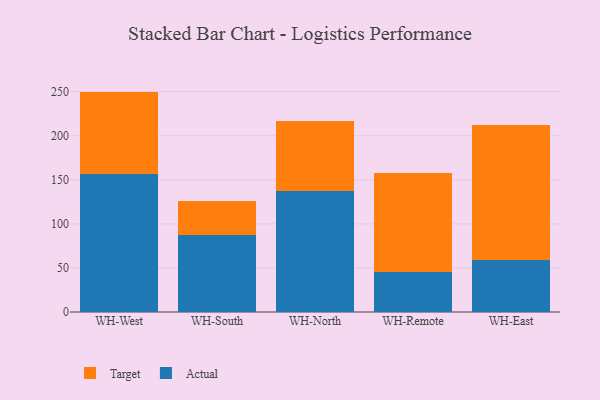
{"axis": {"x": "Warehouse", "y": "Page Views"}, "legend": ["Actual", "Target"], "data": [{"x": "WH-West", "y": 156.8, "type": "Actual"}, {"x": "WH-West", "y": 93.2, "type": "Target"}, {"x": "WH-South", "y": 87.9, "type": "Actual"}, {"x": "WH-South", "y": 37.7, "type": "Target"}, {"x": "WH-North", "y": 137.2, "type": "Actual"}, {"x": "WH-North", "y": 79.2, "type": "Target"}, {"x": "WH-Remote", "y": 45.5, "type": "Actual"}, {"x": "WH-Remote", "y": 111.8, "type": "Target"}, {"x": "WH-East", "y": 58.8, "type": "Actual"}, {"x": "WH-East", "y": 153.0, "type": "Target"}]}